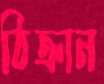
ঠিক্‌রান